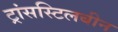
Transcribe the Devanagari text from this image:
ट्रांसस्टिलबीन